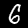
Label: 6